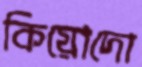
কিয়োদো